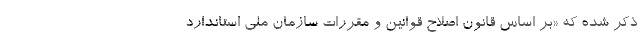
ذکر شده که «بر اساس قانون اصلاح قوانین و مقررات سازمان ملی استاندارد